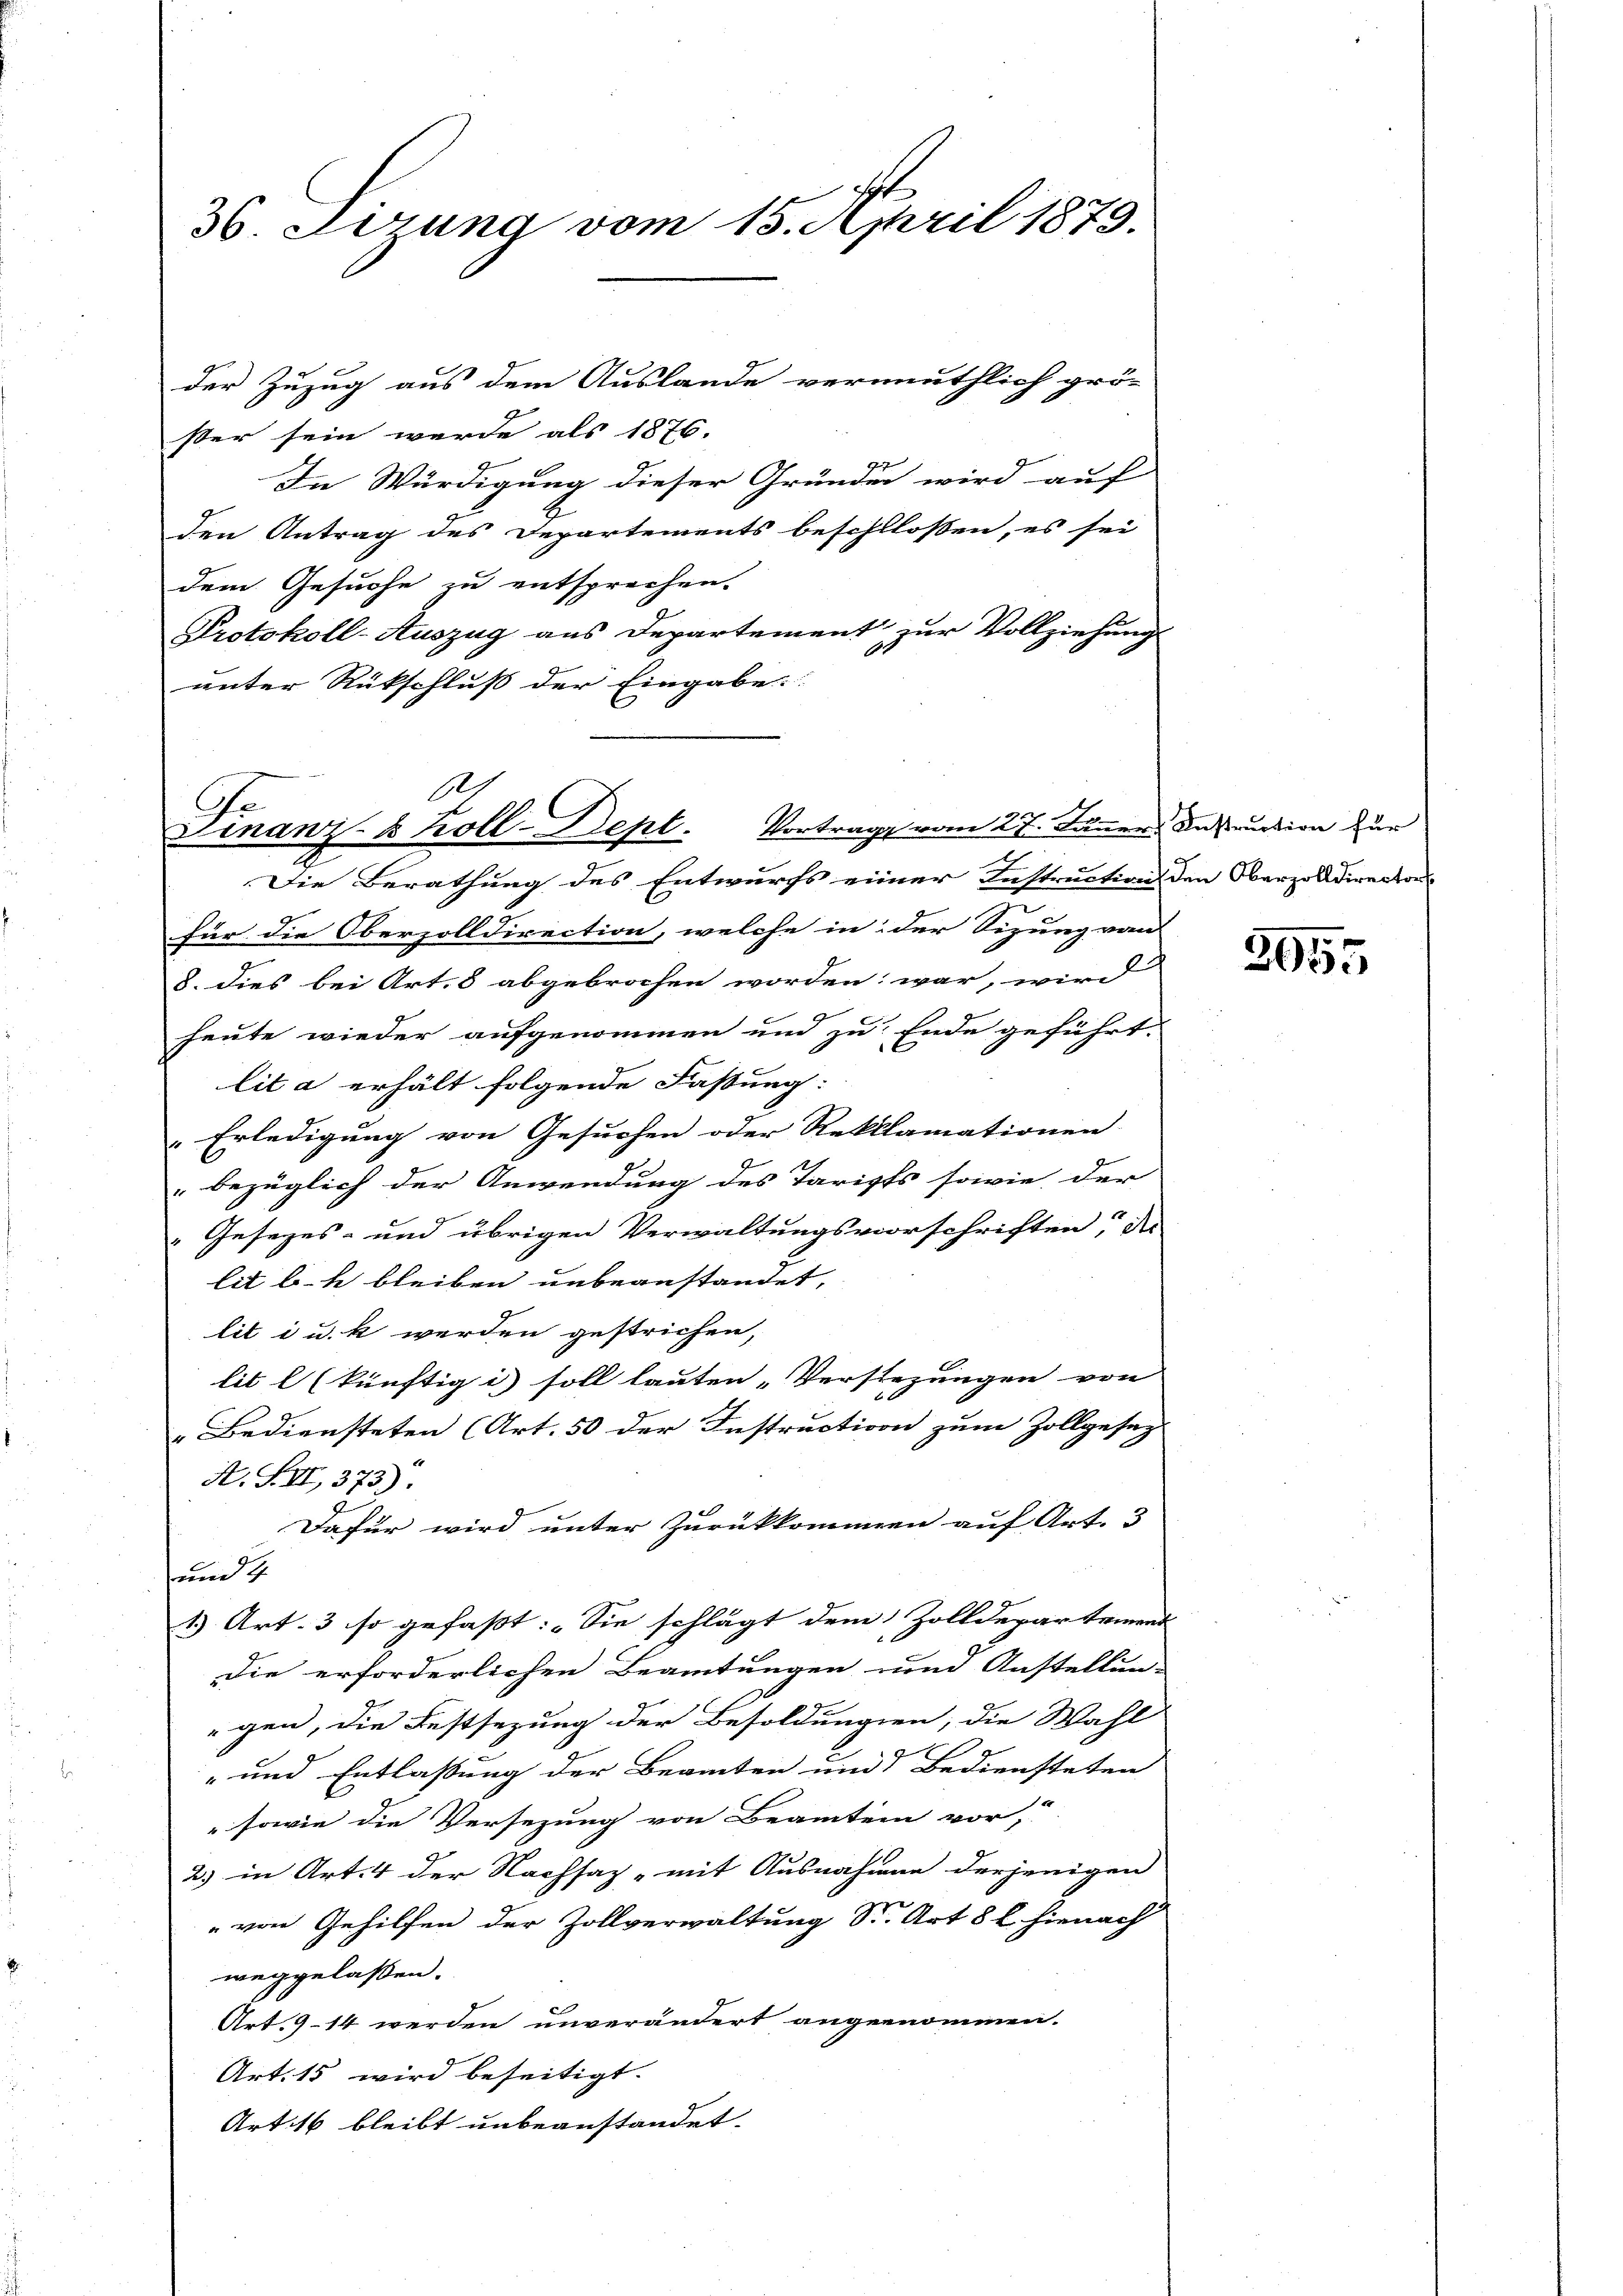
.
36. Sirung vom 15. April 1879.

der Zuzug aus dem Auslande vermuthlich grö-
ster sein werde als 1876.
In Würdigung dieser Gründen wird auf
den Antrag des Departements beschlossen, es sei
dem Gesuche zu entsprechen.
Protokoll-Auszug aus Departement zur Vollziehung
unter Rückschluß der Eingabe

für die Oberzolldirection, welche in der Sizung von
8. dies bei Art. 8 abgebrochen worden war, wird
heute wieder aufgenommen und zu Ende geführt.
lit a erhält folgende Fassung:
Erledigung von Gesuchen oder Reklamationen
bezüglich der Anwendung des Taripts sowie der
Gesezes- und übrigen Verwaltungsvorschriften, der
lit b. h bleiben unbeanstandet,
lit i u. k werden gestrichen,
lis künftig in soll lauten „Verstezungen von
Bediensteten (Art. 50 der Instruction zum Zollgesagt
A. S. II, 373).
Dafür wird unter Zurükkommen auf Art. 3
u
1) Art. 3 so gefaßt: Sie schlägt dem Zolldepartement
Die erforderlichen Beamtungen und Anstellun-
gen, die Festsezung der Besoldungen, die Wahl
- und Entlassung der Beamten und Bediensteten |
" sowie die Versezung von Beamtein vor,
2) in Art. 4 der Nachsaz, mit Ausnahmen derjenigen
" von Gehilfen der Zollverwaltung Sr. Art 8 l. hienach
weggelassen.
Art. 914 werden unverändert angenommen.
Art. 15 wird beseitigt.
Art. 16 bleibt unbeanstandet.

A
Ge
.
Finanz-8 Koll-Dept. Vortrag vom 27. Jänner Instruction zur
Die Berathung des Entwurfs einer Instruction den Oberzolldirector

2055